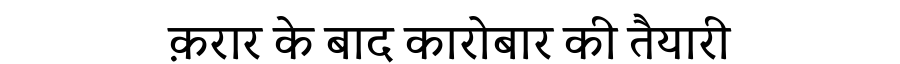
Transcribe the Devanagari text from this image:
क़रार के बाद कारोबार की तैयारी